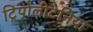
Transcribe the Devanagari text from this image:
ट्रिपोलीटेनिया